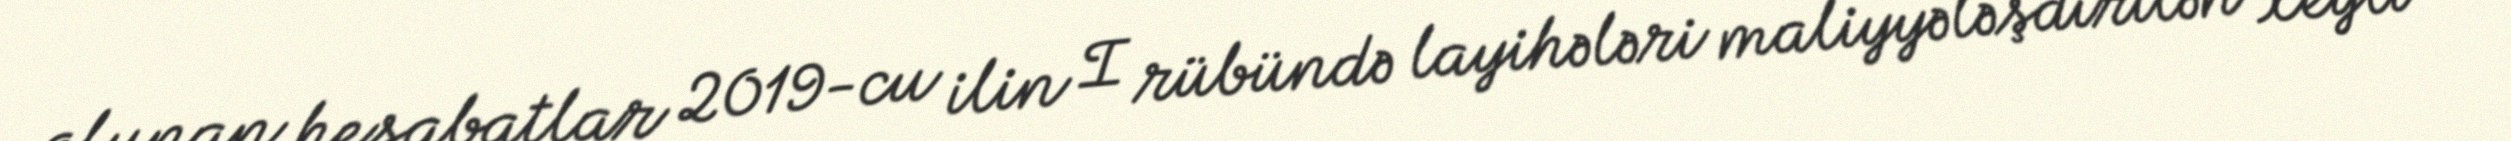
olunan hesabatlar 2019-cu ilin I rübündə layihələri maliyyələşdirilən xeyli